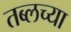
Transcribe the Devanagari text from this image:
तब्लच्या